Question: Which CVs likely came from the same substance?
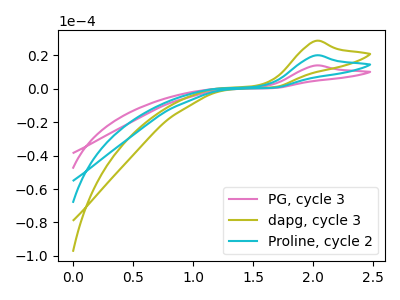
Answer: <think>The pink curve "PG, cycle 3" has an anodic peak at: (2.00V, 14.00uA). The olive curve "dapg, cycle 3" has an anodic peak at: (2.00V, 40.05uA). The cyan curve "Proline, cycle 2" has an anodic peak at: (2.00V, 20.05uA).
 All the peaks in "PG, cycle 3" have a peak in "dapg, cycle 3" at the same potential. Every peak in "PG, cycle 3" is lower than every peak in "dapg, cycle 3". All the peaks in "PG, cycle 3" have a peak in "Proline, cycle 2" at the same potential. Every peak in "PG, cycle 3" is lower than every peak in "Proline, cycle 2". All the peaks in "dapg, cycle 3" have a peak in "Proline, cycle 2" at the same potential. Every peak in "dapg, cycle 3" is higher than every peak in "Proline, cycle 2".</think>
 <answer>"PG, cycle 3", "dapg, cycle 3" and "Proline, cycle 2" have the same shape and are likely CV's of the same chemical.</answer>
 <eval>"PG, cycle 3" "dapg, cycle 3" "Proline, cycle 2"</eval>